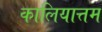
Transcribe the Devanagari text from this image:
कालियात्तम